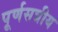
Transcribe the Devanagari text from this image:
पूर्णसत्रीय